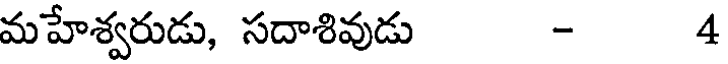
మహేశ్వరుడు, సదాశివుడు - 4